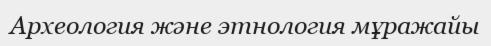
Археология және этнология мұражайы